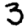
Digit: 3